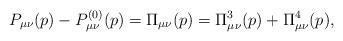
LaTeX: \begin{align*}P_{\mu\nu}(p) - P^{(0)}_{\mu\nu}(p) = \Pi_{\mu\nu}(p)=\Pi^3_{\mu\nu}(p)+\Pi^4_{\mu\nu}(p), \end{align*}